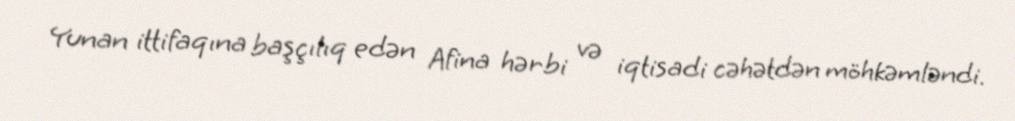
Yunan ittifaqına başçılıq edən Afina hərbi və iqtisadi cəhətdən möhkəmləndi.